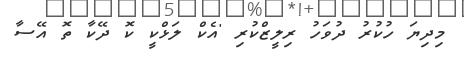
މިދިޔަ ހުކުރު ދުވަހު ރިލީޒްކުރި 'އެކް ލަޅްކީ ކޮ ދޭކާ ތޮ އޭސާ